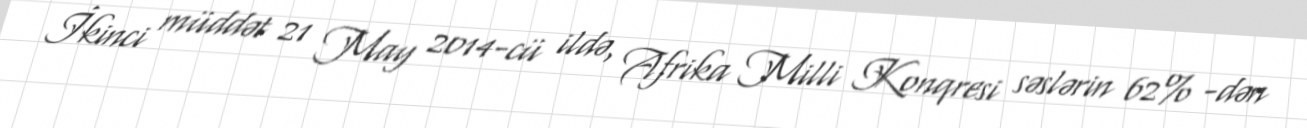
İkinci müddət 21 May 2014-cü ildə, Afrika Milli Konqresi səslərin 62% -dən